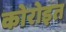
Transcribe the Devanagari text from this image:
कोरोइत